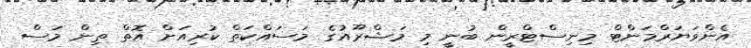
އެންވަޔަރްމަންޓް މިނިސްޓްރީން ބުނީ މި މަޝްރޫއުގެ މަސައްކަތް ކުރިއަށް އޮތް ތިން މަސް